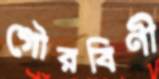
গৌরবিণী